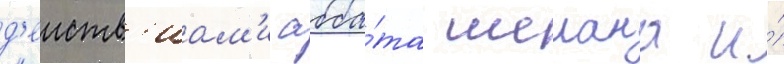
д'еиств'иам'и абба́та шелана и́